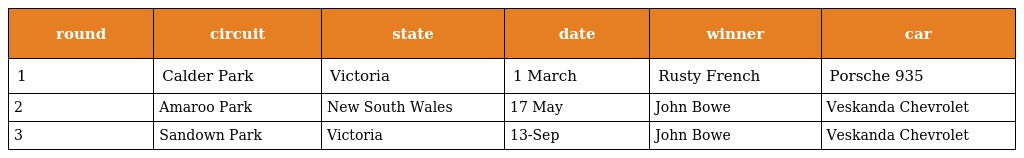
| round | circuit | state | date | winner | car |
 | --- | --- | --- | --- | --- | --- |
 | 1 | Calder Park | Victoria | 1 March | Rusty French | Porsche 935 |
 | 2 | Amaroo Park | New South Wales | 17 May | John Bowe | Veskanda Chevrolet |
 | 3 | Sandown Park | Victoria | 13-Sep | John Bowe | Veskanda Chevrolet |